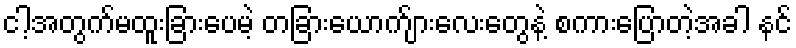
ငါ့အတွက်မထူးခြားပေမဲ့ တခြားယောက်ျားလေးတွေနဲ့ စကားပြောတဲ့အခါ နင်